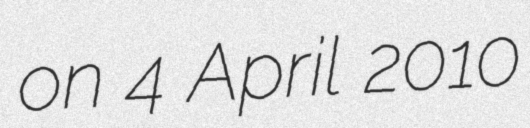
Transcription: on 4 April 2010